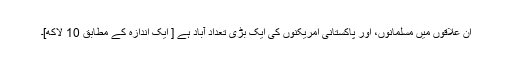
ان علاقوں میں مسلمانوں، اور پاکستانی امریکنوں کی ایک بڑی تعداد آباد ہے [ ایک اندازہ کے مطابق 10 لاکھ]۔